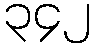
၃၄၂